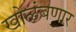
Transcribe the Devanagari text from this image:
खोळंबणार